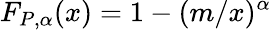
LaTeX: F_{P,\alpha}(x)=1-(m/x)^{\alpha}